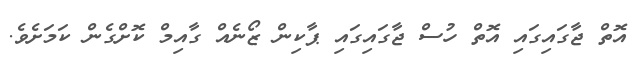
އޮތް ޖާގައިގައި އޮތް ހުސް ޖާގައިގައި ޕާކިން ޒޯނެއް ގާއިމް ކޮށްގެން ކަމަށެވެ.